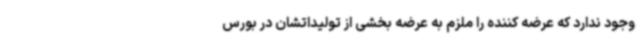
وجود ندارد که عرضه کننده را ملزم به عرضه بخشی از تولیداتشان در بورس